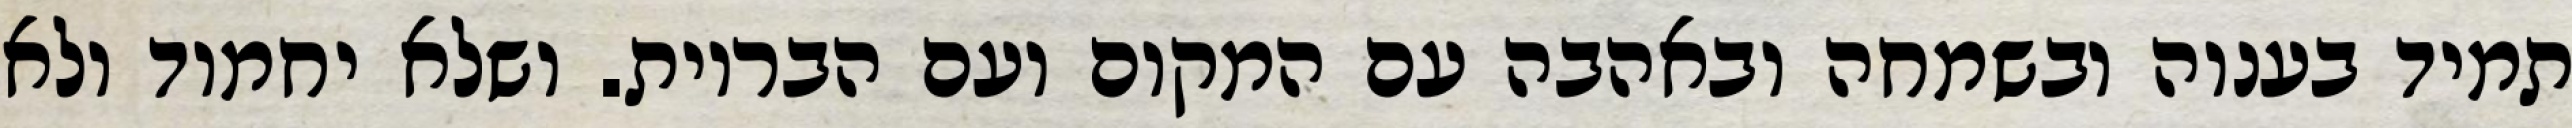
תמיד בענוה ובשמחה ובאהבה עם המקום ועם הבריות. ושלא יחמוד ולא